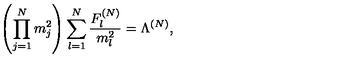
\left( \prod _ { j = 1 } ^ { N } m _ { j } ^ { 2 } \right) \sum _ { l = 1 } ^ { N } \frac { F _ { l } ^ { ( N ) } } { m _ { l } ^ { 2 } } = \Lambda ^ { ( N ) } ,